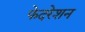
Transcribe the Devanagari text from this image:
फेदरेशन